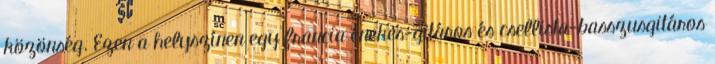
közönség. Ezen a helyszínen egy francia énekes-gitáros és csellista-basszusgitáros